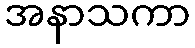
အနာသကာ